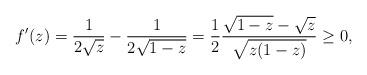
LaTeX: \begin{align*}f'(z) = \frac{1}{2 \sqrt{z}} - \frac{1}{2 \sqrt{1 -z} } = \frac{1}{2} \frac{\sqrt{1 - z} - \sqrt{z}} {\sqrt{z(1-z)}} \geq 0,\end{align*}